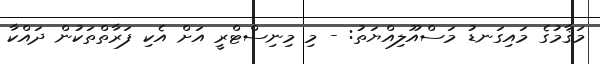
މަޤާމުގެ މައިގަނޑު މަސްއޫލިއްޔަތު: - މި މިނިސްޓްރީ އަށް އެކި ފަރާތްތަކުން ދައްކާ